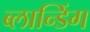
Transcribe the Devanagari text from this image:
ब्लान्डिंग